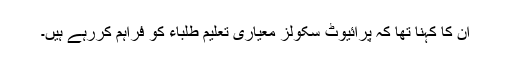
ان کا کہنا تھا کہ پرائیوٹ سکولز معیاری تعلیم طلباء کو فراہم کررہے ہیں۔